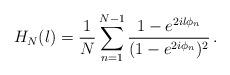
LaTeX: \begin{align*}H_N(l)=\frac{1}{N}\sum_{n=1}^{N-1}\frac{1-e^{2i l \phi_n}}{(1-e^{2i \phi_n})^2}\,.\end{align*}